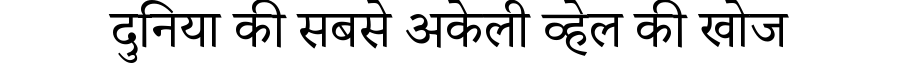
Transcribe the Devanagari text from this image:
दुनिया की सबसे अकेली व्हेल की खोज